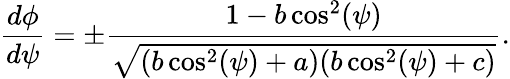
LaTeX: \frac{d\phi}{d\psi}=\pm\frac{1-b\cos^{2}(\psi)}{\sqrt{(b\cos^{2}(\psi)+a)(b\cos^{2}(\psi)+c)}}.